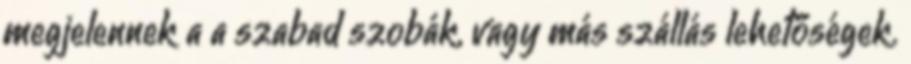
megjelennek a a szabad szobák, vagy más szállás lehetőségek.